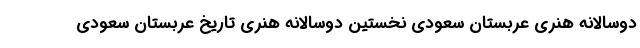
دوسالانه هنری عربستان سعودی نخستین دوسالانه هنری تاریخ عربستان سعودی